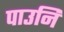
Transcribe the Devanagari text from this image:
पाउनि